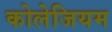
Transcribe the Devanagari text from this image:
कोलेजियम